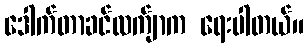
ဒေါက်တာခင်လက်ျာက ရေးပါတယ်။